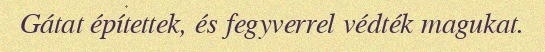
Gátat építettek, és fegyverrel védték magukat.